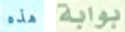
هذه بوابة